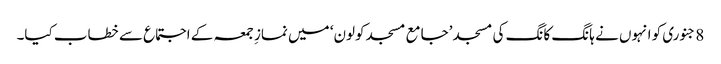
8 جنوری کو انہوں نے ہانگ کانگ کی مسجد ’جامع مسجد کولون‘ میں نمازِ جمعہ کے اجتماع سے خطاب کیا۔